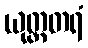
ယုတ္တတရံ